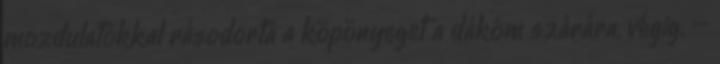
mozdulatokkal rásodorta a köpönyeget a dákóm szárára, végig. –